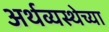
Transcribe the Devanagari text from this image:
अर्थव्यस्थेच्या